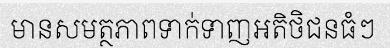
មានសមត្ថភាពទាក់ទាញអតិថិជនធំៗ